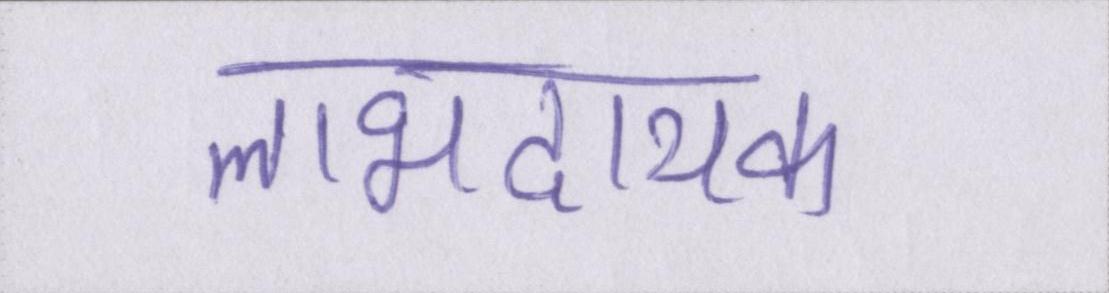
लाभदायक